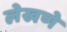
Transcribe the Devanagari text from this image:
लेखणे